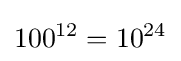
100^{12}=10^{24}